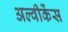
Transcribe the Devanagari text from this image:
अल्वीकेंस